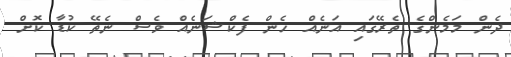
ދެން މަމެންގެ ތެރޭގައި އަނެއް ހެން ފެކްޝަނެއް ވެސް ނެތޭ ކުޑާ ކޮށް